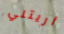
أريتني